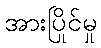
အားပြိုင်မှု